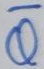
Text: Q